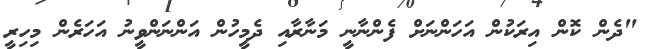
"ދެން ކޮން އިރަކުން އަހަންނަށް ފެންނާނީ މަނާރާއި ދެމީހުން އަންނަންވީނު އަހަރެން މިހިރީ